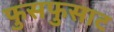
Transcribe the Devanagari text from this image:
फुसफुसाट